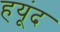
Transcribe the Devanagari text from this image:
हयूंद